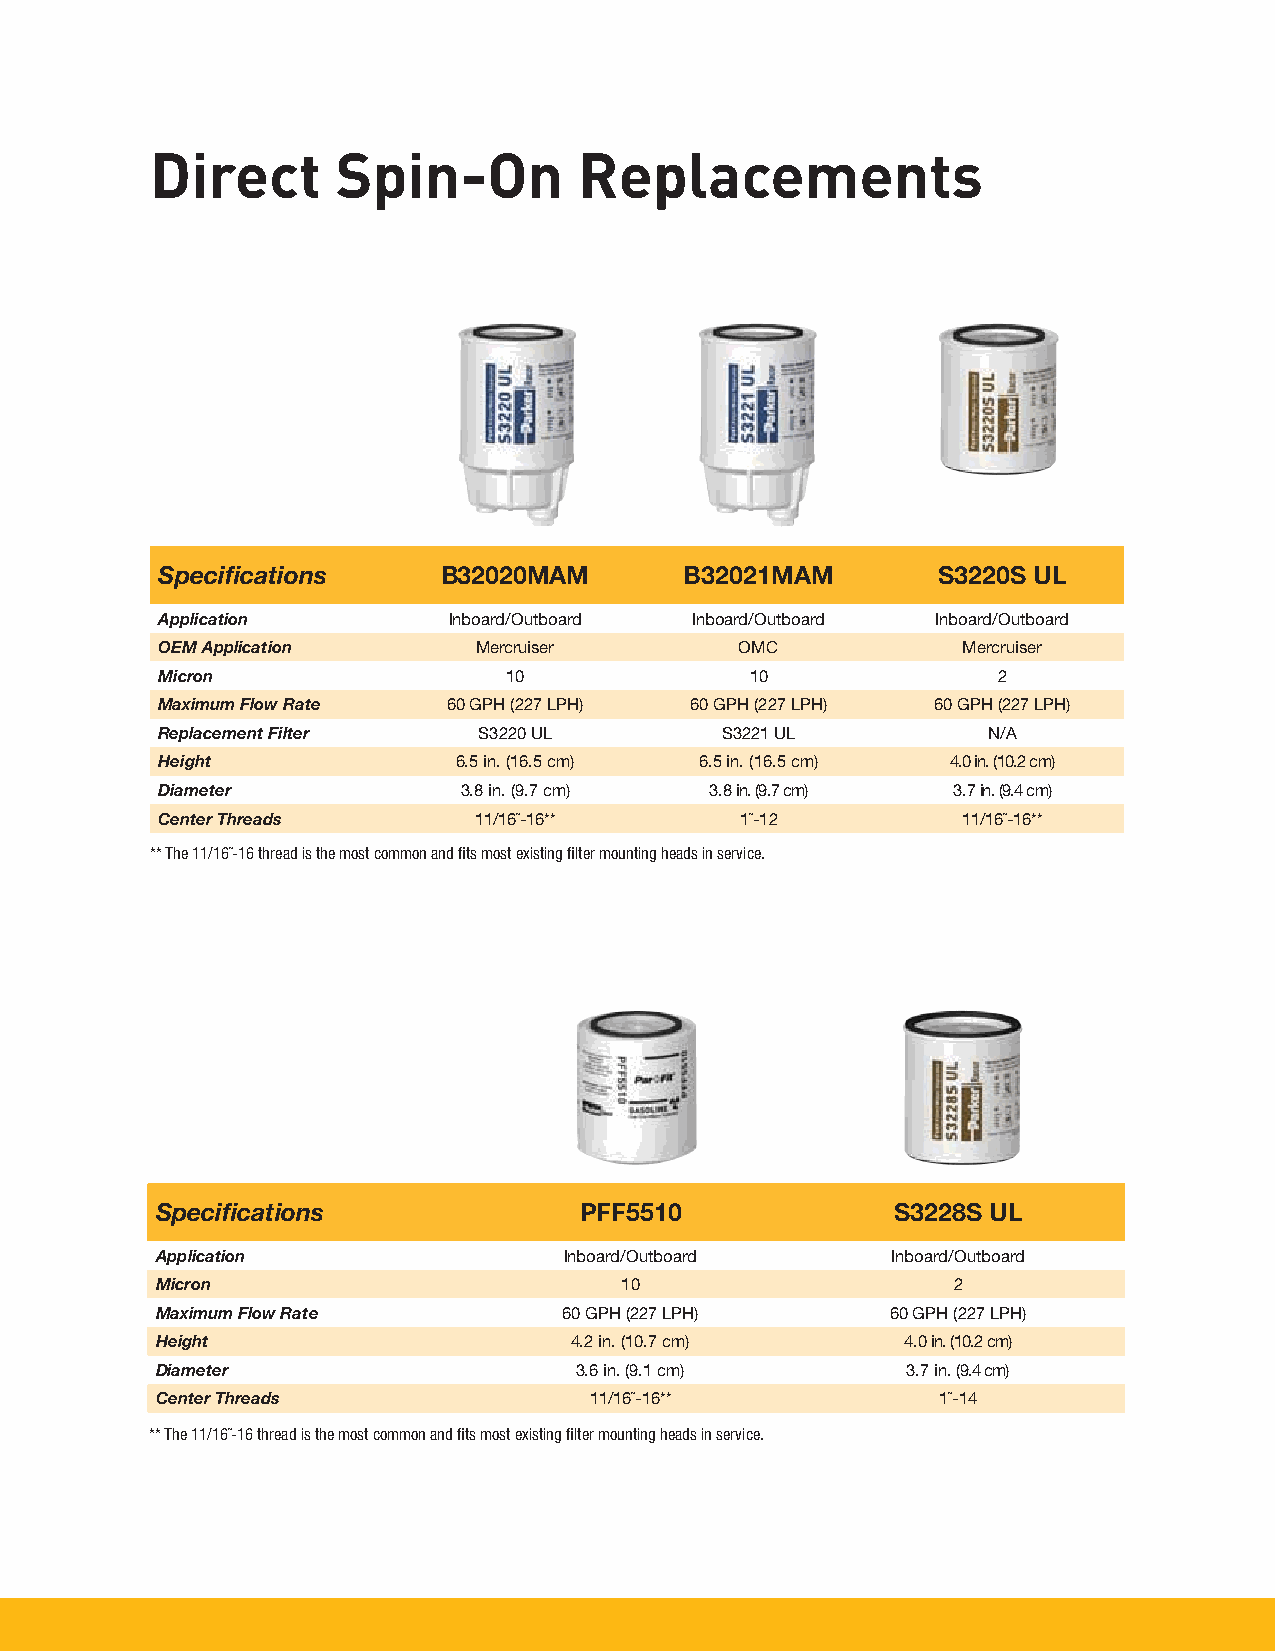
Direct      Spin-On         Replacements
 Specifications     B32020MAM       B32021MAM        S3220S UL
 Application         Inboard/Outboard Inboard/Outboard Inboard/Outboard
 OEM Application       Mercruiser       OMC            Mercruiser
 Micron                  10              10              2
 Maximum Flow Rate   60 GPH (227 LPH) 60 GPH (227 LPH) 60 GPH (227 LPH)
 Replacement Filter    S3220 UL        S3221 UL         N/A
 Height              6.5 in. (16.5 cm) 6.5 in. (16.5 cm) 4.0 in. (10.2 cm)
 Diameter            3.8 in. (9.7 cm) 3.8 in. (9.7 cm) 3.7 in. (9.4 cm)
 Center Threads       11/16˝-16**       1˝-12          11/16˝-16**
 ** The 11/16˝-16 thread is the most common and fits most existing filter mounting heads in service.
 Specifications              PFF5510              S3228S UL
 Application                Inboard/Outboard      Inboard/Outboard
 Micron                         10                    2
 Maximum Flow Rate          60 GPH (227 LPH)      60 GPH (227 LPH)
 Height                      4.2 in. (10.7 cm)     4.0 in. (10.2 cm)
 Diameter                    3.6 in. (9.1 cm)      3.7 in. (9.4 cm)
 Center Threads               11/16˝-16**            1˝-14
 ** The 11/16˝-16 thread is the most common and fits most existing filter mounting heads in service.